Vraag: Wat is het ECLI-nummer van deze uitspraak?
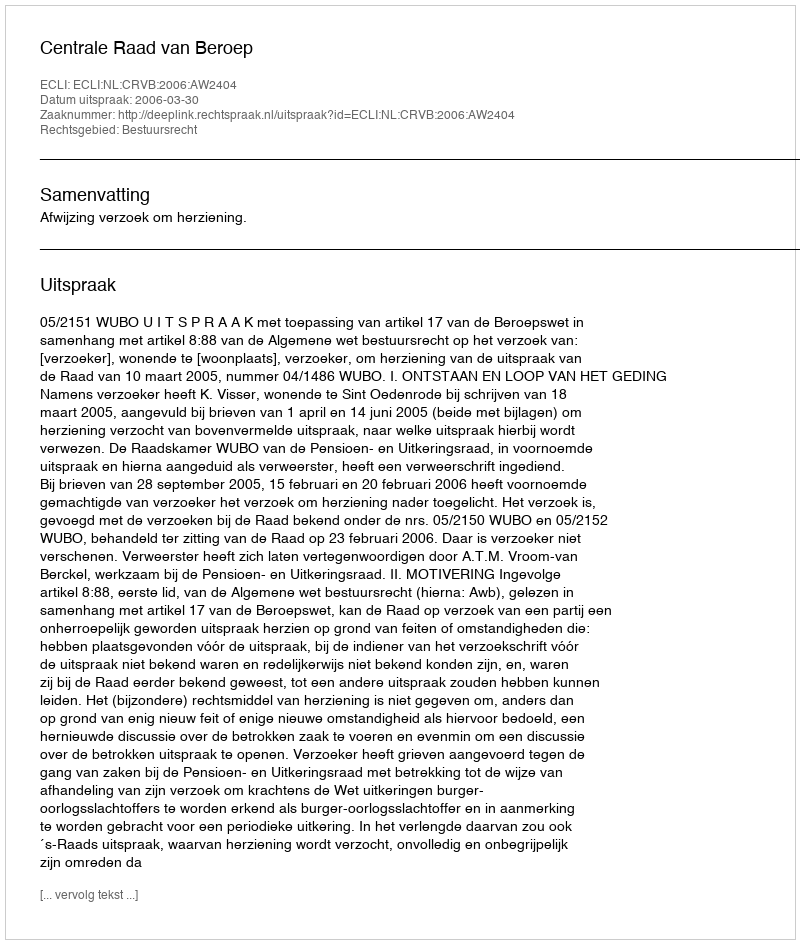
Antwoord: ECLI:NL:CRVB:2006:AW2404